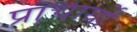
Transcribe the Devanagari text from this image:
प्राचार्यों